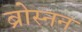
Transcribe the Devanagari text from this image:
ब्रोस्नन